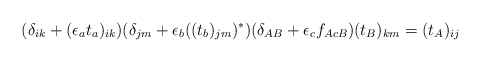
\begin{align*}(\delta_{ik}+(\epsilon_at_a)_{ik})(\delta_{jm}+\epsilon_b((t_b)_{jm})^\ast)(\delta_{AB}+\epsilon_cf_{AcB})(t_B)_{km}=(t_A)_{ij}\end{align*}